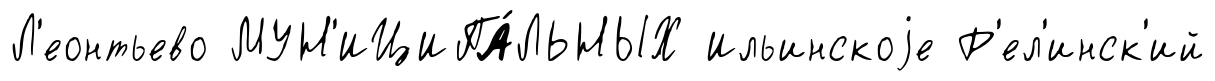
Л'еонтьево МУН'ИЦИПА́ЛЬНЫХ Ильинскоjе Р'ел'инск'ий